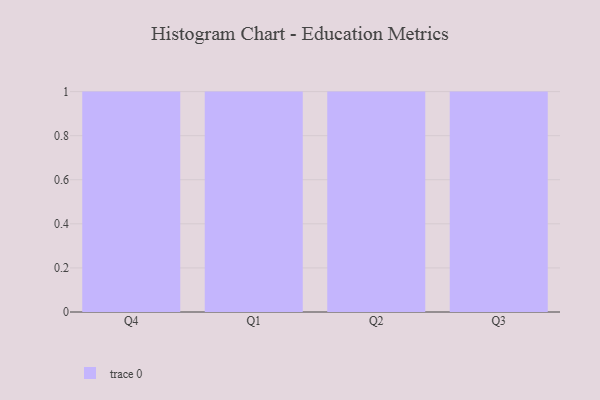
{"axis": {"x": "Quarter", "y": "Waste Production (Tons)"}, "legend": [""], "data": [{"x": "Q4", "y": 59, "type": ""}, {"x": "Q1", "y": 98, "type": ""}, {"x": "Q2", "y": 5, "type": ""}, {"x": "Q3", "y": 28, "type": ""}]}